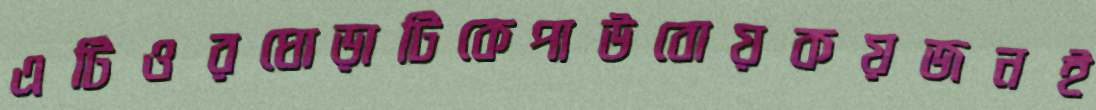
এটিওরঘোড়াটিকেপাউবোয়কয়জনই